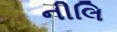
નીલિ